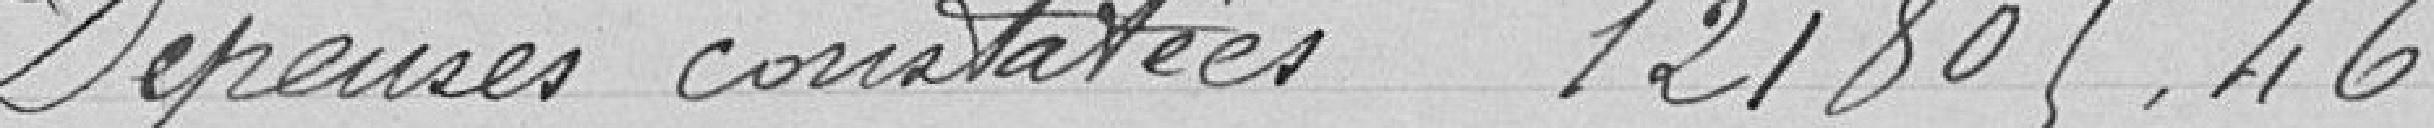
Dépenses constatées 121 805,46